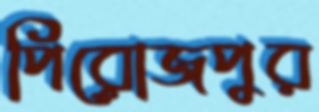
পিরোজপুর